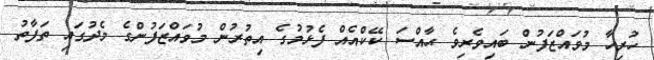
ހުރިހާ މުވައްޒަފުން ބައިވެރިވެ ޙާއްސަ ކޭކްއެއް ފެޅުމުގެ އިތުރުން މުވައްޒަފުންގެ މެދުގައި ތަފާތު